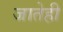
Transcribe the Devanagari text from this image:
जातेही